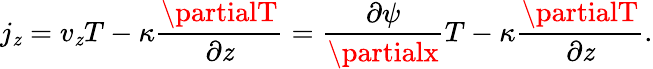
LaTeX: j_{\mathit{z}}=v_{\mathit{z}}T-\kappa\frac{{\partialT}}{{\partial\mathit{z}}}=\frac{{\partial\psi}}{{\partialx}}T-\kappa\frac{{\partialT}}{{\partial\mathit{z}}}.